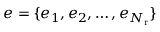
\boldsymbol { e } = \{ e _ { 1 } , e _ { 2 } , \ldots , e _ { N _ { \mathrm { r } } } \}